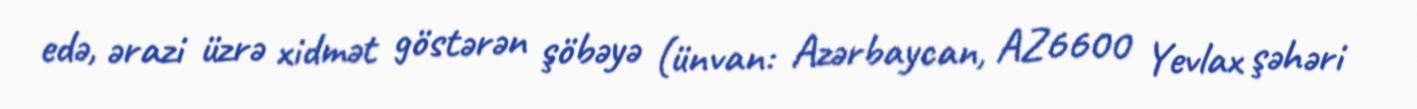
edə, ərazi üzrə xidmət göstərən şöbəyə (ünvan: Azərbaycan, AZ6600 Yevlax şəhəri